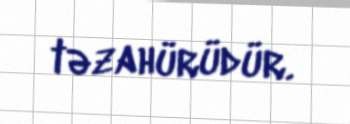
təzahürüdür.